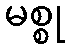
မစ္စု